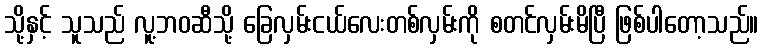
သို့နှင့် သူသည် လူ့ဘဝဆီသို့ ခြေလှမ်းငယ်လေးတစ်လှမ်းကို စတင်လှမ်းမိပြီ ဖြစ်ပါတော့သည်။